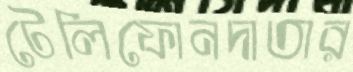
টেলিফোনদাতার